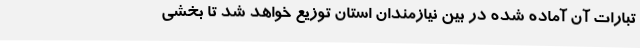
تبارات آن آماده شده در بین نیازمندان استان توزیع خواهد شد تا بخشی